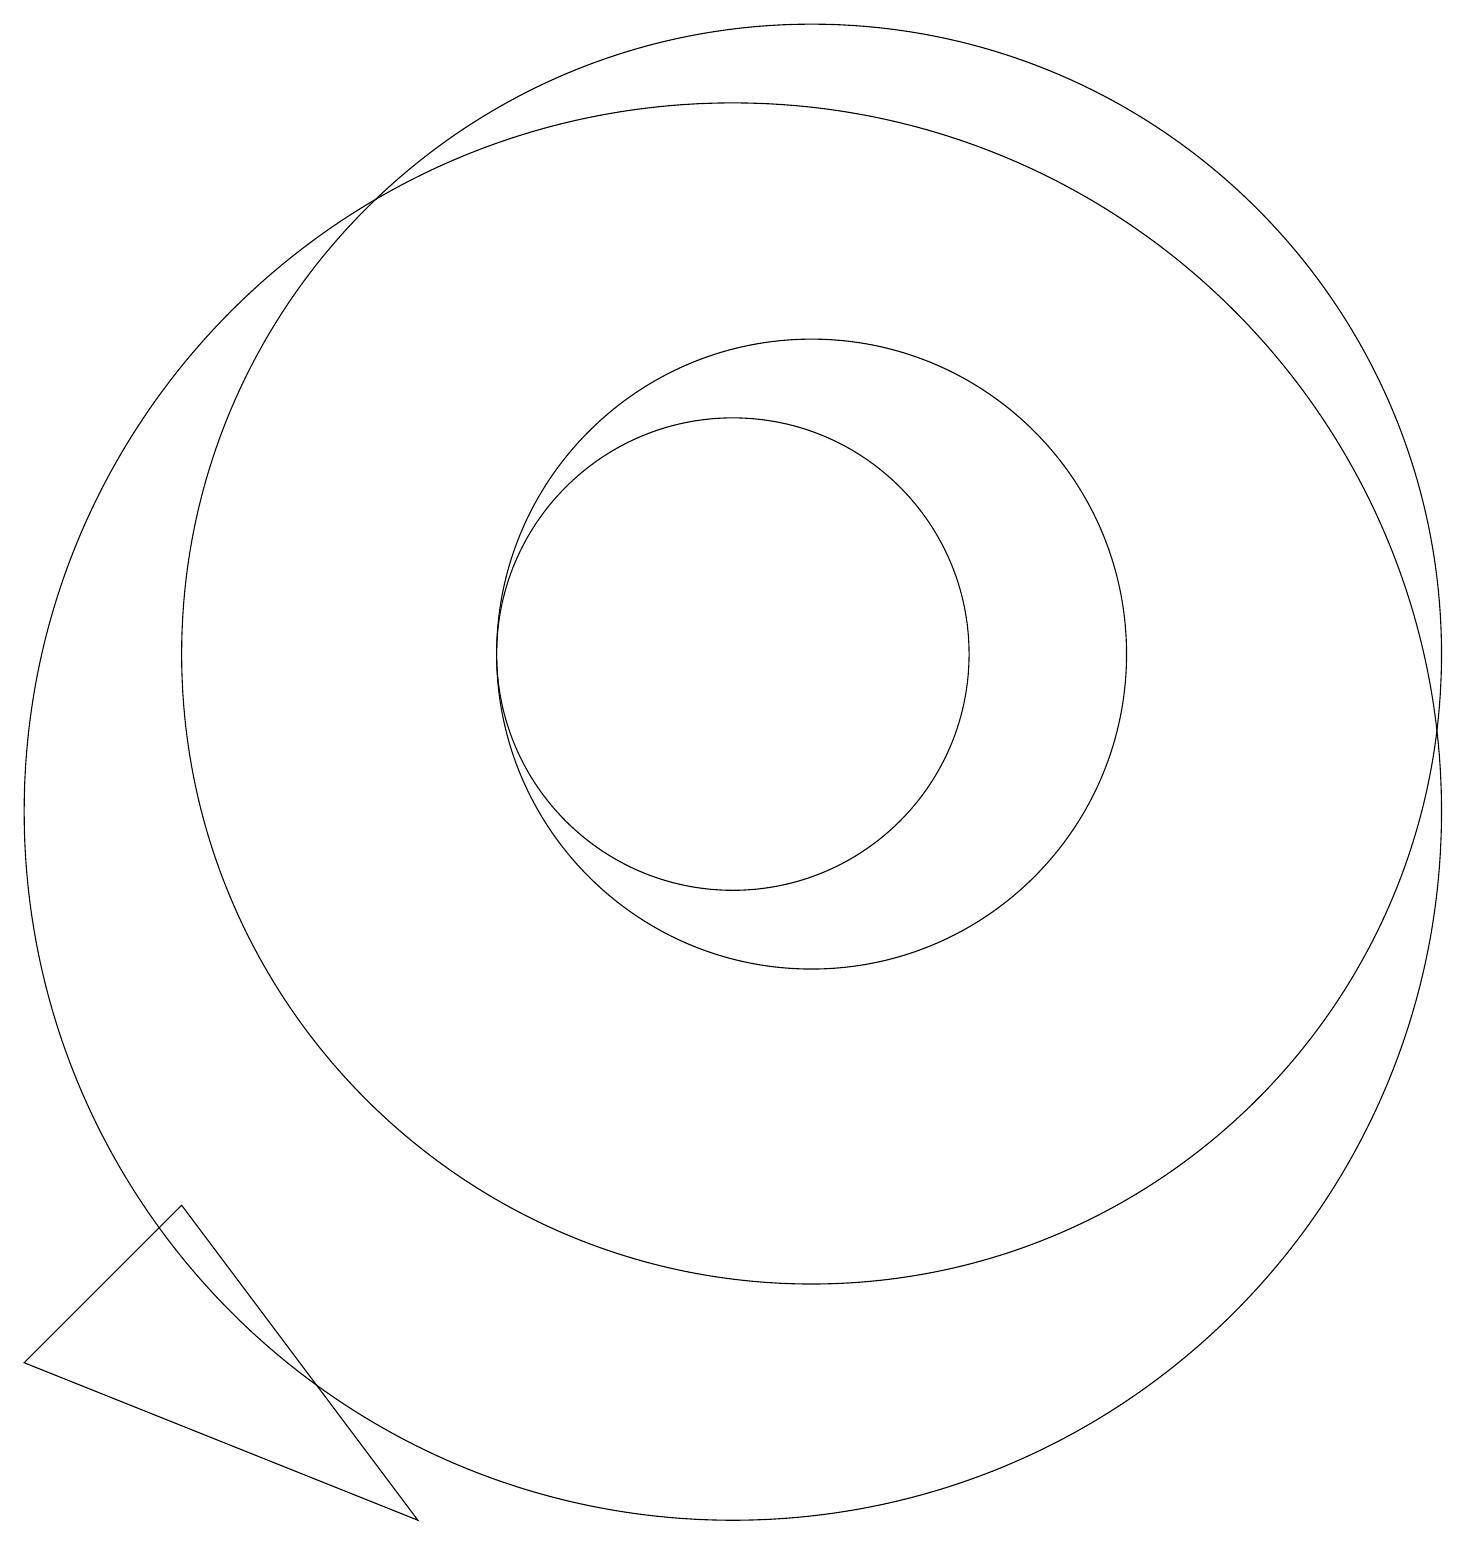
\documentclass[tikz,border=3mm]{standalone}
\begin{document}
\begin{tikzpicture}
\draw (4,5) -- (7,1) -- (2,3) -- cycle;
\draw (12,12) circle (8);
\draw (11,10) circle (9);
\draw (11,12) circle (3);
\draw (12,12) circle (4);
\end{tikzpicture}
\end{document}